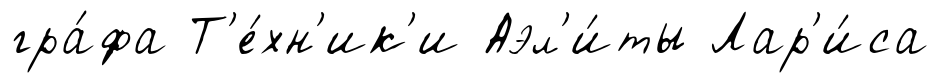
гра́фа Т'е́хн'ик'и Аэл'и́ты Лар'и́са